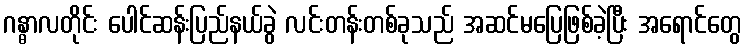
ဂန္ဓာလတိုင်း ပေါင်ဆန်းပြည်နယ်ခွဲ လင်းတန်းတစ်ခုသည် အဆင်မပြေဖြစ်ခဲ့ပြီး အရောင်တွေ